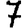
Digit: 7